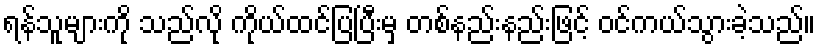
ရန်သူများကို သည်လို ကိုယ်ထင်ပြပြီးမှ တစ်နည်းနည်းဖြင့် ဝင်ကယ်သွားခဲ့သည်။